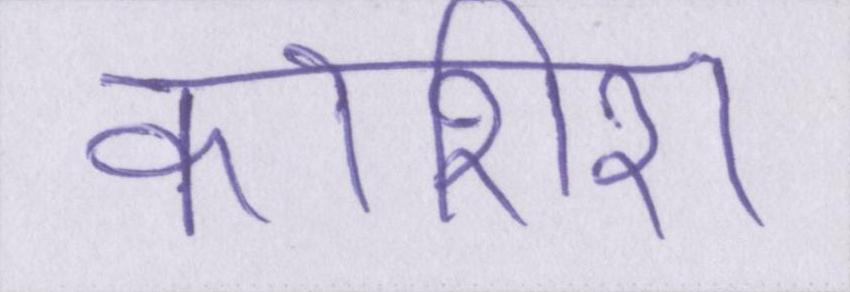
कोशिश